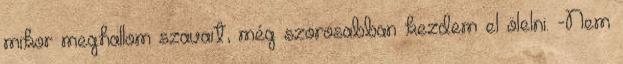
mikor meghallom szavait, még szorosabban kezdem el ölelni. -Nem